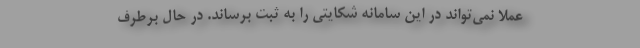
عملاً نمی‌تواند در این سامانه شکایتی را به ثبت برساند. در حال برطرف